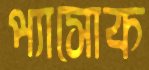
প্যাসোক